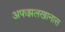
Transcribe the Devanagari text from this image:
अफझलखानास